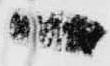
々